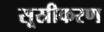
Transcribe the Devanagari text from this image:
सूस्रीकरण